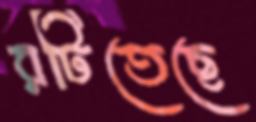
রটিতেছে